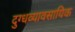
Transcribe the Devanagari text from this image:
दुग्धव्यावसायिक